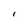
Character: i